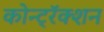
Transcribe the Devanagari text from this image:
कोन्ट्रॅक्शन